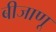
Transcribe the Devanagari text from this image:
बीजाणू